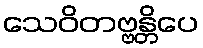
သေဝိတဗ္ဗန္တိပေ